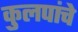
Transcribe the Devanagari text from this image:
कुलपांचे